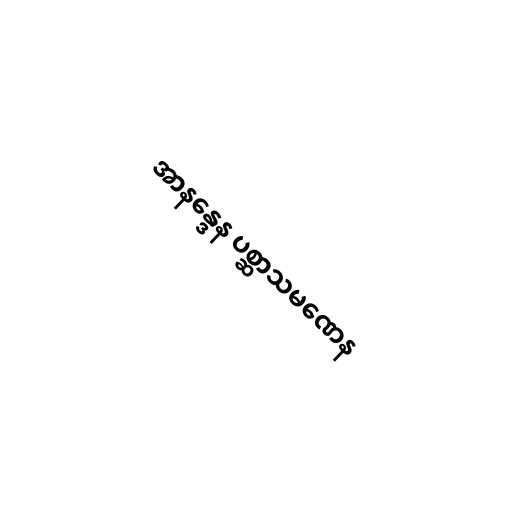
အာနန္ဒေန ပစ္ဆာသမဏေန